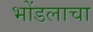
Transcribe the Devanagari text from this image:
भोंडलाचा